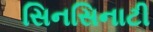
સિનસિનાટી